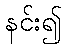
နင်း၍